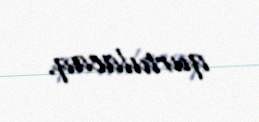
qurtulacaq.